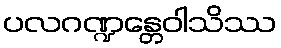
ပလဂဏ္ဍန္တေဝါသိဿ